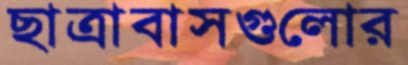
ছাত্রাবাসগুলোর